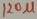
Text: 120µ